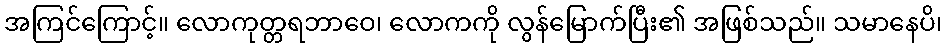
အကြင်ကြောင့်။ လောကုတ္တရဘာဝေ၊ လောကကို လွန်မြောက်ပြီး၏ အဖြစ်သည်။ သမာနေပိ၊